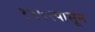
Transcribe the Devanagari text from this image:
१५५९पासून